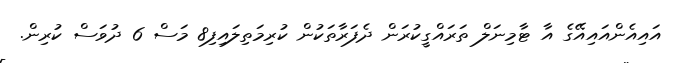
އައިއެންއައިއޭގެ އާ ޓާމިނަލް ތަރައްގީކުރަން ދެފަރާތަކުން ކުރިމަތިލައިފި8 މަސް 6 ދުވަސް ކުރިން.